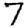
Digit: 7